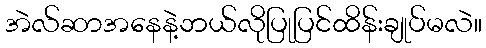
အဲလ်ဆာအနေနဲ့ဘယ်လိုပြုပြင်ထိန်းချုပ်မလဲ။